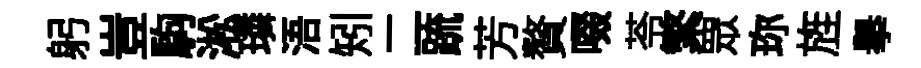
躬豈駒淞璘浯矧二䟽芳贅啜苓繁眾珎旌舉